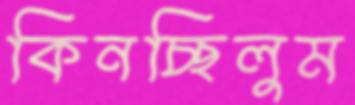
কিনচ্ছিলুম